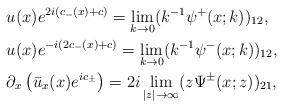
\begin{align*}&u(x)e^{2i(c_-(x)+c)}=\lim _{k\rightarrow 0}(k^{-1}\psi^+(x;k))_{12},\\&u(x)e^{-i(2c_-(x)+c)}=\lim _{k\rightarrow 0}(k^{-1}\psi^-(x;k))_{12},\\&\partial_x\left(\bar{u}_x(x) e^{ic_\pm}\right)=2 i \lim _{|z| \rightarrow \infty} (z \Psi^{\pm}(x;z))_{21}, \end{align*}